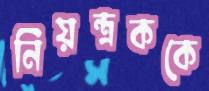
নিয়ন্ত্রককে